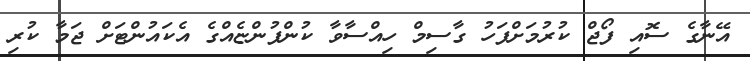
އޭނާގެ ސޮއި ފޯޖް ކުރުމަށްފަހު ގާސިމް ހިއްސާވާ ކުންފުންޏެއްގެ އެކައުންޓަށް ޖަމާ ކުރި